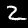
Digit: 2